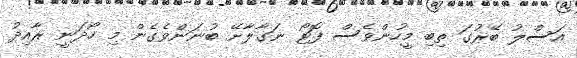
އަސްލު ބޭރުގަ ތިބި މީހުންވެސް ފޮޓޯ ނަގާލާށޭ ބުނަންވެގެން މި ހޯދަނީ ރާއިދު